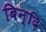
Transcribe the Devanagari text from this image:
बिन्दि